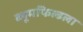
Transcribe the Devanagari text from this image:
ब्लूमफिल्डला